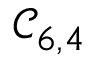
\mathcal { C } _ { 6 , 4 }